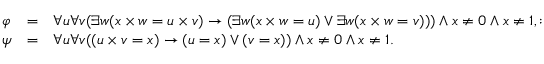
{ \begin{array} { l c l } { \varphi } & { = } & { \forall u \forall v ( \exists w ( x \times w = u \times v ) \rightarrow ( \exists w ( x \times w = u ) \lor \exists w ( x \times w = v ) ) ) \land x \neq 0 \land x \neq 1 , : } \\ { \psi } & { = } & { \forall u \forall v ( ( u \times v = x ) \rightarrow ( u = x ) \lor ( v = x ) ) \land x \neq 0 \land x \neq 1 . } \end{array} }